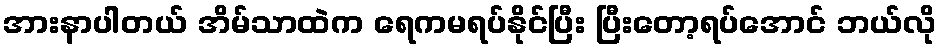
အားနာပါတယ် အိမ်သာထဲက ရေကမရပ်နိုင်ပြီး ပြီးတော့ရပ်အောင် ဘယ်လို